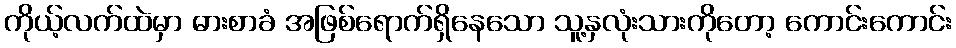
ကိုယ့်လက်ထဲမှာ ဓားစာခံ အဖြစ်ရောက်ရှိနေသော သူ့နှလုံးသားကိုတော့ ကောင်းကောင်း